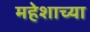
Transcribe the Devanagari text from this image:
महेशाच्या